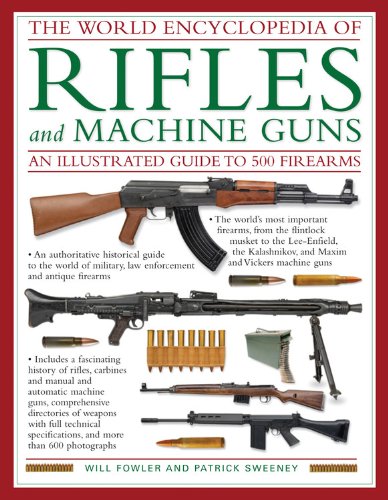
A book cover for The World Encyclopedia Of Rifles and Machine Guns: An Illustrated Guide to 500 Firearms; Patrick Sweeney; Reference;